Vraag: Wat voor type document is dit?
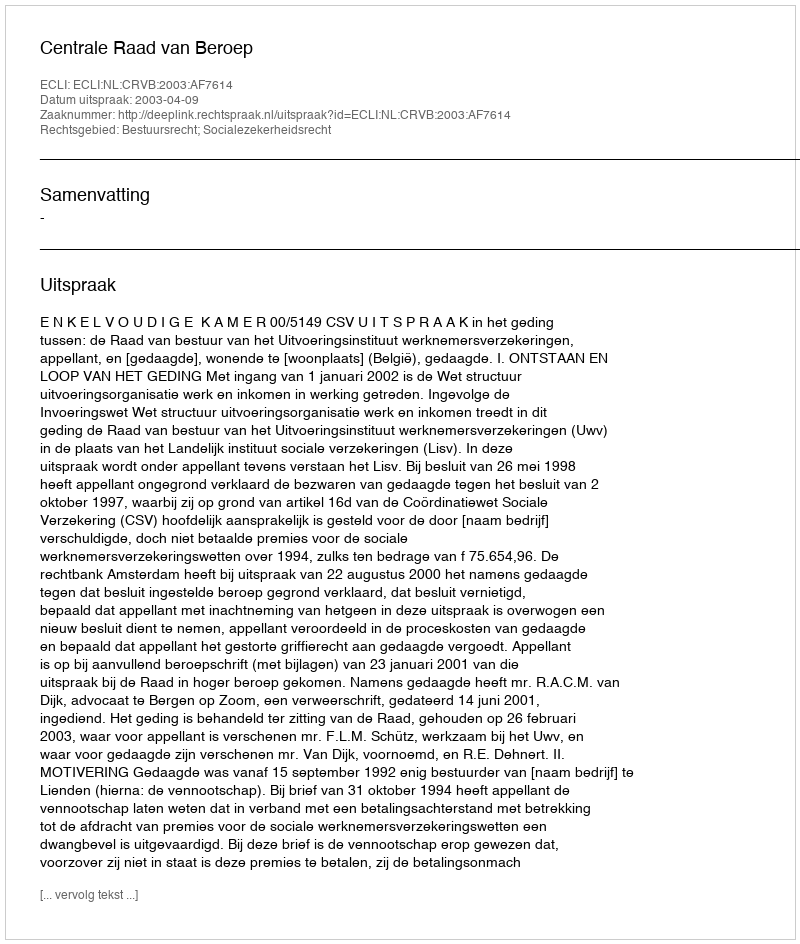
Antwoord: Uitspraak